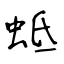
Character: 蚳